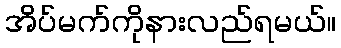
အိပ်မက်ကိုနားလည်ရမယ်။